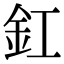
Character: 釭